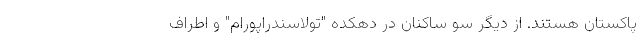
پاکستان هستند. از دیگر سو ساکنان در دهکده "تولاسندراپورام" و اطراف